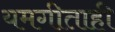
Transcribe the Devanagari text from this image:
यमगीताही